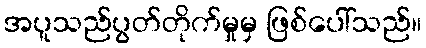
အပူသည်ပွတ်တိုက်မှုမှ ဖြစ်ပေါ်သည်။